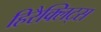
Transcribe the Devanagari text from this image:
हिरैक्लिट्स